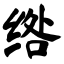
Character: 绺